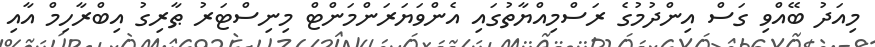
މިއަދު ބޭއްވި ގަސް އިންދުމުގެ ރަސްމިއްޔާތުގައި އެންވަޔަރަންމަންޓް މިނިސްޓަރު ޠާރިގު އިބްރާހިމް އާއި